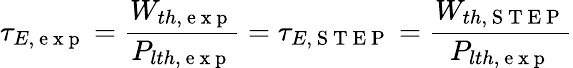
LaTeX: \tau_{E,\mathrm{~e~x~p~}}=\frac{W_{th,\mathrm{~e~x~p~}}}{P_{lth,\mathrm{~e~x~p~}}}=\tau_{E,\mathrm{~S~T~E~P~}}=\frac{W_{th,\mathrm{~S~T~E~P~}}}{P_{lth,\mathrm{~e~x~p~}}}